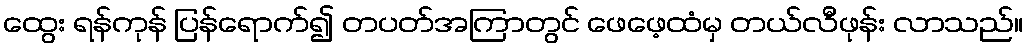
ထွေး ရန်ကုန် ပြန်ရောက်၍ တပတ်အကြာတွင် ဖေဖေ့ထံမှ တယ်လီဖုန်း လာသည်။